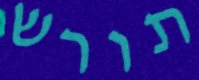
תורש